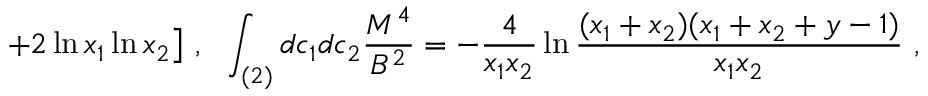
+ 2 \ln x _ { 1 } \ln x _ { 2 } \bigr ] \ , \ \ \int _ { ( 2 ) } d c _ { 1 } d c _ { 2 } \frac { M ^ { 4 } } { B ^ { 2 } } = - \frac { 4 } { x _ { 1 } x _ { 2 } } \ln \frac { ( x _ { 1 } + x _ { 2 } ) ( x _ { 1 } + x _ { 2 } + y - 1 ) } { x _ { 1 } x _ { 2 } } \ ,